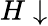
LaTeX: H\downarrow